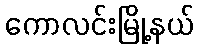
ကောလင်းမြို့နယ်